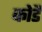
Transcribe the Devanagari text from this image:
कोडै